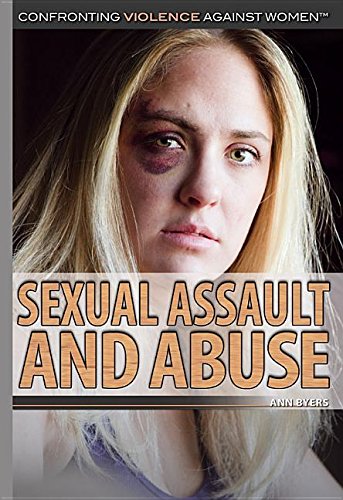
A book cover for Sexual Assault and Abuse (Confronting Violence Against Women); Ann Byers; Teen & Young Adult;